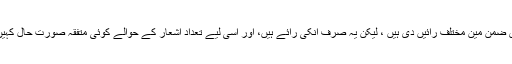
غزل کے اشعار کی کوئی معین تعداد نہیں ہے ، اساتذہ نے اِس ضمن مین مختلف رائیں دی ہیں ، لیکن یہ صرف اُنکی رائے ہیں، اور اِسی لیے تعداد اشعار کے حوالے کوئی متفقہ صورت حال کہیں بھی نظر نہیں آتی ، اُن آراء میں سے چند یہاں دی جاتی ہیں۔